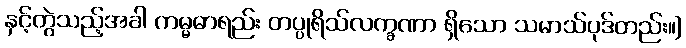
နှင့်တွဲသည့်အခါ ကမ္မဓာရည်း တပ္ပုရိသ်လက္ခဏာ ရှိသော သမာသ်ပုဒ်တည်း။]